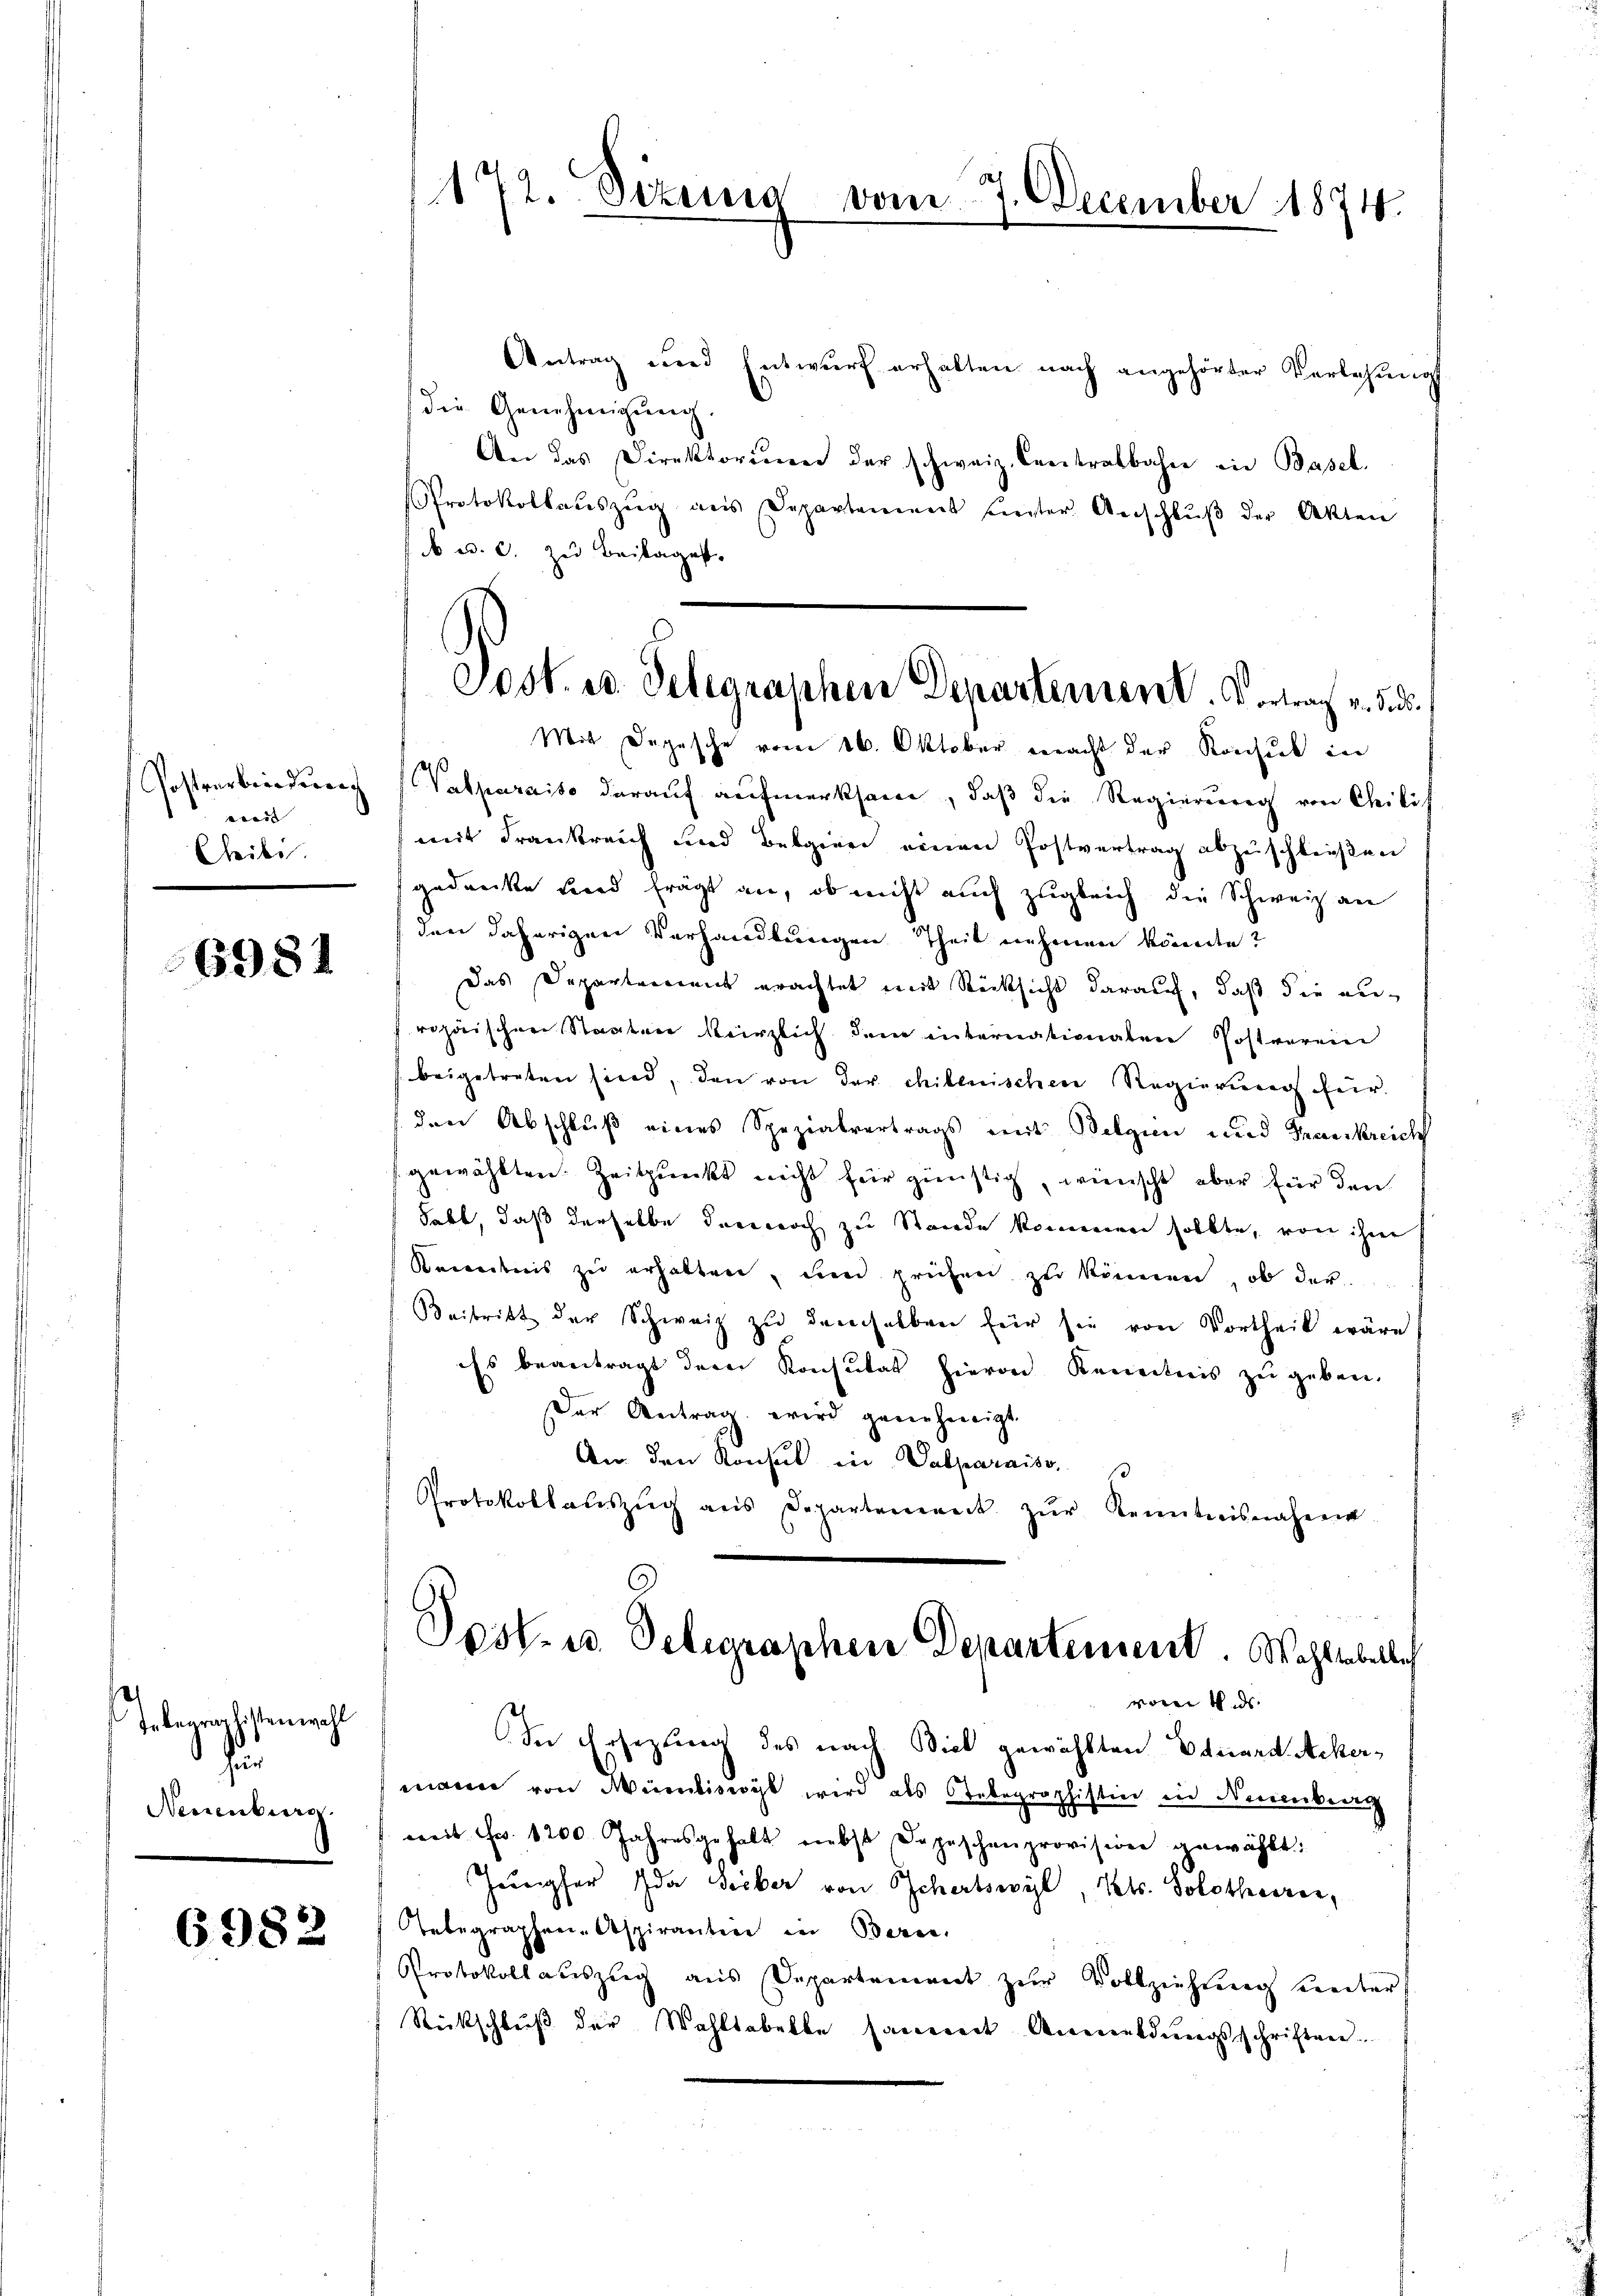
Postverbindung
wird
Cheili

6981

Inbegraphistenwahl
u
Neuenburg

6982

172. Dezung vom 7. December 1874.

Antrag und Entwŭrf erhalten nach angehörter Verlesungs
die Genehmigung.
An das Direktorium der schweiz. Centralbahne in Basel.
Protokollaŭszŭg ans Departemens unter Anschlŭβ der Akten
d a. c. zu Beilages.
Mit Depesche vom 16. Oktober macht der Konsul in
Valparaiso darauf aufmerksam, daß die Regierung von Chilis
mit Frankreich und Belgien einen Postvertrag abzuschließen
gedanke und frägt an, ob nicht auch zugleich die Schweiz an
den daherigen Verhandlungen Theil nehmen könnte?
Das Departement erachtet mit Rücksicht darauf, daß die au-
rehnischen Staaten kürzlich dem internationaten Postverein
beigetreten sind, den von der chienischen Regierung für
den Abschluß eines Spezialvertrags mit Belgin und Frankreich
gewählten Zeitpunkt nicht für günstig, wünscht aber für den
habt, daß derselbe dennoch zu Stande kommen sollte, von ihrer
Krientnis zu erhalten, um prüfen zu können, ob der
Beitritt der Schweiz zŭ demselben für sie von Vortheil wäre
Es beantragt der Konsulat hievon Kenntnis zu geben.
Der Antrag wird genehmigt.
An den Konsul in Sabparaiso
Protokollauszug aus Departement zŭr Kenntnisnahme
Post- u Seligraphen Departement. Wohltobellich
votis
In Ersezung des nach Biel gewählten Eduard Ackermann von Wienlist wird als Telegraphistin in Neuenburg
mit Fr. 1200 Jahresgehalt nebst Depeschenprovision gewählt:
Jungfer Ida Beiber von Schertswyl, Kts. Solothurer,
Tebegraphen- Aspiranten in Baren.
Protokoll auszug aus Departement zur Vollziehung unter
Rückschluß der Wahltabelbe sammet Anmeldungsschriften.

Post. ed. Delegraphen Departement. Vortrag v. 5. ds.